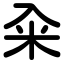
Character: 籴